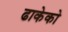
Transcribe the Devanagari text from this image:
ढाकेको